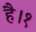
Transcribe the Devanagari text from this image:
है।१